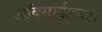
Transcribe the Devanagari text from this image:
ऑक्‍साईडच्या